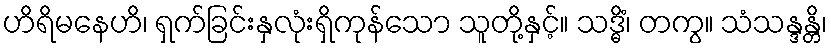
ဟိရိမနေဟိ၊ ရှက်ခြင်းနှလုံးရှိကုန်သော သူတို့နှင့်။ သဒ္ဓိံ၊ တကွ။ သံသန္ဒန္တိ၊